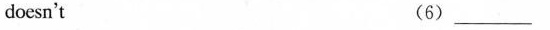
doesn't (6) ___